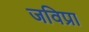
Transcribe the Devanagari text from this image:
जविप्रा